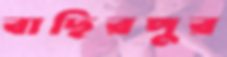
বাছিরপুর